Madras plague regulations and rules - Volume 2
Disease focus: Plague
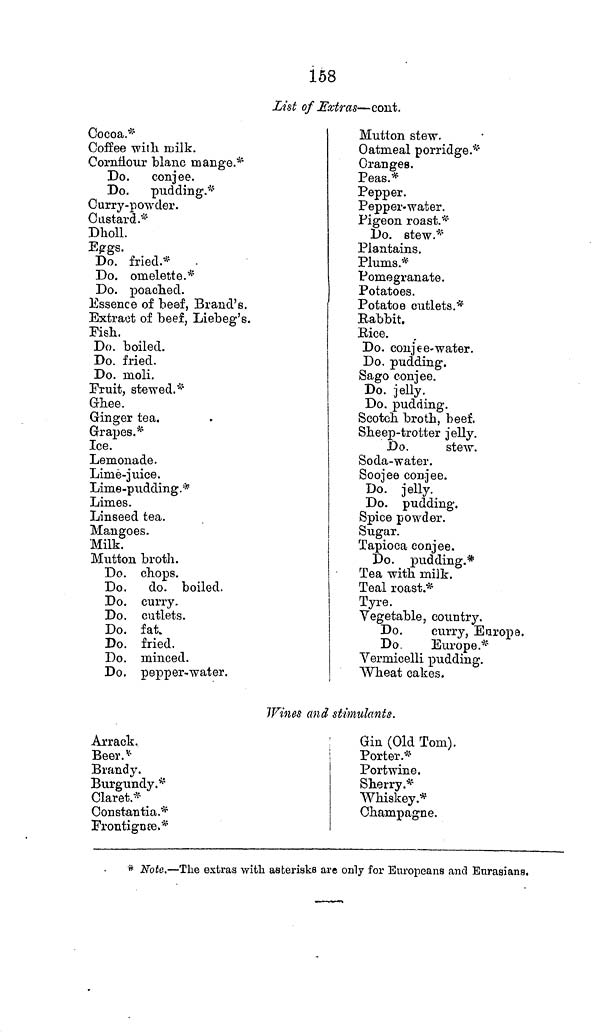
158
List of Extras—cont.
Cocoa.*
Coffee with milk.
Cornflour blanc mange.*
Do.
conjee.
Do.
pudding.*
Curry-powder.
Custard.*
Dholl.
Eggs.
Do. fried.*
Do. omelette.*
Do. poached.
Essence of beef, Brand's.
Extract of beef, Liebeg's.
Fish.
Do. boiled.
Do. fried.
Do. moli.
Fruit, stewed.*
Ghee.
Ginger tea.
Grapes.*
Ice.
Lemonade.
Lime-juice.
Lime-pudding .*
Limes.
Linseed tea.
Mangoes.
Milk.
Mutton broth.
Do. chops.
Do.
do. boiled.
Do. curry.
Do. cutlets.
Do. fat
Do. fried.
Do. minced.
Do. pepper-water.
Mutton stew.
Oatmeal porridge.*
Oranges.
Peas.*
Pepper.
Pepper-water.
Pigeon roast.*
Do. stew.*
Plantains.
Plums.*
Pomegranate.
Potatoes.
Potatoe cutlets.*
Rabbit.
Rice.
Do. conjee-water.
Do. pudding.
Sago conjee.
Do. jelly.
Do. pudding.
Scotch broth, beef.
Sheep-trotter jelly.
Do.
stew.
Soda-water.
Soojee conjee.
Do. jelly.
Do. pudding.
Spice powder.
Sugar.
Tapioca conjee.
Do. pudding.*
Tea with milk.
Teal roast.*
Tyre.
Vegetable, country.
Do.
curry, Europe.
Do.
Europe.*
Vermicelli pudding.
Wheat cakes.
Wines and stimulants.
Arrack.
Gin (Old Tom).
Beer.
Porter.*
Brandy.
Burgundy.*
Claret.*
Constantia.*
Frontignæ.*
Portwine.
Sherry.*
Whiskey.*
Champagne.
* Note.—The extras with asterisks are only for Europeans and Eurasians.